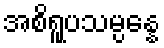
အစိရူပသမ္ပန္နေ